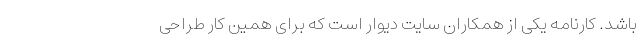
باشد. کارنامه یکی از همکاران سایت دیوار است که برای همین کار طراحی